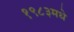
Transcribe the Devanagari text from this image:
१९८३मधे